Report on vaccination in Madras 1904-1921 - 1904-1921
Year: 1904
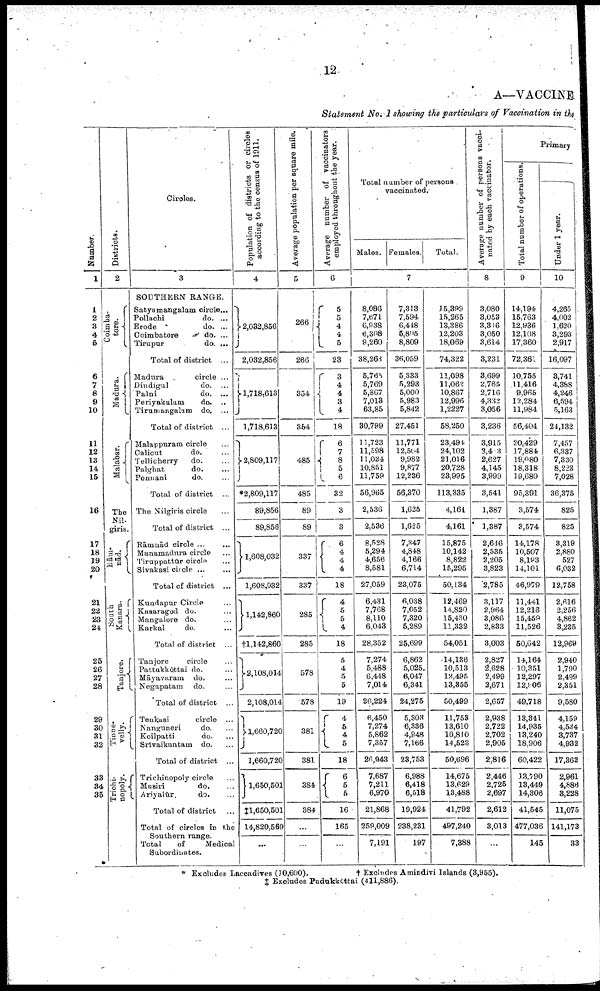
12
A—VACCINE
Statement No. I showing the particulars of Vaccination in the
Number.
1
1
2
3
4
5
6
7
8
9
10
11
12
13
14
15
16
17
18
19
20
21
22
23
24
25
26
27
28
29
30
31
32
33
34
35
Districts.
2
Coimba-
tore.
Madura.
Malabar.
The
Nil-
giris.
Rām-
nād.
South
Kanara.
Tanjore.
Tinne-
velly.
Trichi-
nopoly.
Circles.
3
SOUTHERN RANGE.
Satyamangalam circle...
Pollachi
do. ...
Erode
do. ...
Coimbatore
do. ...
Tirupur
do. ...
Total of district ...
Madura
circle ...
Dindigul
do. ...
Palni
do. ...
Periyakulam
do. ...
Tirumangalam do. ...
Total of district ...
Malappuram circle ...
Calicut
do. ...
Tellicherry
do. ...
Palghat
do. ...
Ponuani
do. ...
Total of district ...
The Nilgiris circle ...
Total of district ...
Rāmnād circle ... ...
Manamadura circle ...
Tiruppattūr circle ...
Sivakasi circle ... ...
Total of district ...
Kundapur Circle ...
Kasaragod do. ...
Mangalore do. ...
Karkal
do. ...
Total of district ...
Tanjore
circle ...
Pattukkōttai do. ...
Māyavaram do. ...
Negapatam do. ...
Total of district ...
Tenkasi
circle ...
Nanguneri
do. ...
Koilpatti
do. ...
Srīvaikuntam do. ...
Total of district ...
Trichinopoly circle ...
Musiri
do. ...
Ariyalūr
do. ...
Total of district ...
Total of circles in the
Southern range.
Total
of
Medical
Subordinates.
Population of districts or circles
according to the census of 1911.
4
2,032,856
2,032,856
1,718,613
1,718,613
2,809,117
*2,809,117
89,856
89,856
1,608,032
1,608,032
1,142,860
†1,142,860
2,108,014
2,108,014
1,660,720
1,660,720
1,650,501
‡1,650,501
14,820,569
...
Average population per square mile.
5
266
266
354
354
485
485
89
89
337
337
285
285
578
578
381
381
384
384
...
...
Average number of vaccinators
employed throughout the year.
6
5
5
4
4
5
23
3
4
4
3
4
18
6
7
8
5
6
32
3
3
6
4
4
4
18
4
5 5
4
18
5
4
5
5
19
4
6
4
5
18
6
5
5
16
165
...
Total number of persons
vaccinated.
Males. Females.
Total.
7
8,086
7,671
6,938
6,308
9,260
38,263
5,765
5,769
5,867
7,013
63,85
30,799
11,723
11,598
11,034
10,851
11,759
56,965
2,536
2,536
8,528
5,294
4,656
8,581
27,059
6,431
7,768
8,110
6,043
28,352
7,274
5,488
6,448
7,014
26,224
6,450
7,274
5,862
7,357
26,943
7,687
7,211
6,970
21,868
259,009
7,191
7,313
7,594
6,448
6,895
8,809
36,059
5,333
5,293
5,000
5,983
5,842
27,451
11,771
12,504
9,982
9,877
12,236
56,370
1,625
1,625
7,347
4,848
4,166
6,714
23,075
6,038
7,052
7,320
5,289
25,699
6,862
5,025
6,047
6,341
24,275
5,303
6,336
4,948
7,166
23,753
6,988
6,418
6,518
19,924
238,231
197
15,399
15,265
13,386
12,203
18,069
74,322
11,098
11,062
10,867
12,996
1,2227
58,250
23,491
24,102
21,016
20,728
23,995
113,335
4,161
4,161
15,875
10,142
8,822
15,295
50,134
12,469
14,820
15,430
11,332
54,051
14,136
10,513
12,495
13,355
50,499
11,753
13,610
10,810
14,523
50,696
14,675
13,629
13,488
41,792
497,240
7,388
Average number of persons vacci
nated by each vaccinator.
8
3,080
3,053
8,316
3,050
3,614
3,231
3,699
2,765
2,716
4,332
3,056
3,236
3,915
3,403
2,627
4,145
3,999
3,541
1,387
1,387
2,646
2,535
2,205
3,823
2,785
3,117
2,964
3,086
2,833
3,003
2,827
2,628
2,499
2,671
2,657
2,938
2,722
2,702
2,905
2,816
2,446
2,725
2,697
2,612
3,013
...
Primary
Total number of operations.
9
14,194
15,763
12,936
12,108
17,360
72,361
10,755
11,416
9,965
12,284
11,984
56,404
20,429
17,884
19,080
18,318
19,680
95,391
3,574
3,574
14,178
10,507
8,183
14,101
46,979
11,441
12,216
15,459
11,526
50,642
14,164
10,351
12,297
12,006
49,718
13,341
14,935
13,240
18,906
60,422
13,790
18,449
14,306
41,545
477,036
145
Under 1 year.
10
4,265
4,002
1,620
3,293
2,917
16,097
3,741
4,388
4,246
6,594
5,163
24,132
7,457
6,337
7,330
8,223
7,028
36,375
825
825
3,319
2,880
527
6,032
12,758
2,616
2,256
4,862
3,235
12,969
2,940
1,790
2,499
2,351
9,580
4,159
4,534
8,737
4,932
17,362
2,961
4,886
3,228
11,075
141,173
33
* Excludes Laccadives (10,600).
† Excludes Amindivi Islands (3,955).
‡ Excludes Pudukkōttai (411,886).